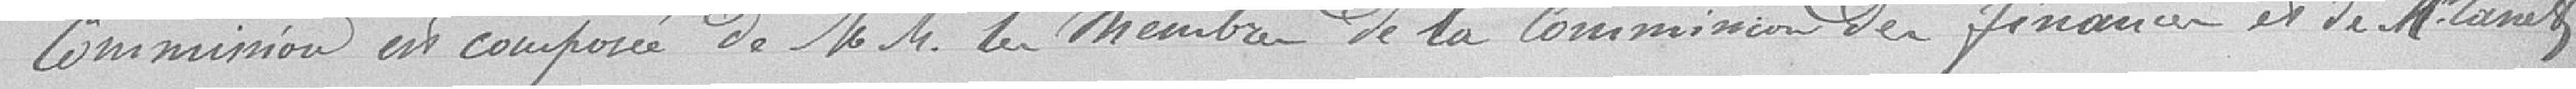
commission est composée de MM. les Membres de la commission des finances et de M. Canet